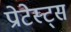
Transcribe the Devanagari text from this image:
प्रोटेस्ट्स